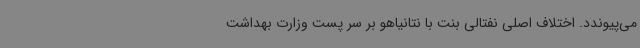
می‌پیوندد. اختلاف اصلی نفتالی بنت با نتانیاهو بر سر پست وزارت بهداشت